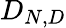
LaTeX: D_{N,D}